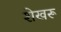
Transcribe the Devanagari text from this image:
शेखरू